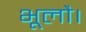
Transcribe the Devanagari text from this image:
भूलौ।